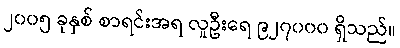
၂၀၀၅ ခုနှစ် စာရင်းအရ လူဦးရေ ၉၂၇၀၀၀ ရှိသည်။